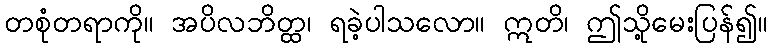
တစုံတရာကို။ အပိလဘိတ္ထ၊ ရခဲ့ပါသလော။ ဣတိ၊ ဤသို့မေးပြန်၍။